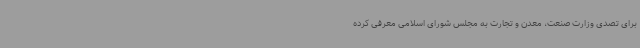
برای تصدی وزارت صنعت، معدن و تجارت به مجلس شورای اسلامی معرفی کرده